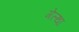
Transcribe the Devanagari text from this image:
गेल्था